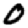
Digit: 0